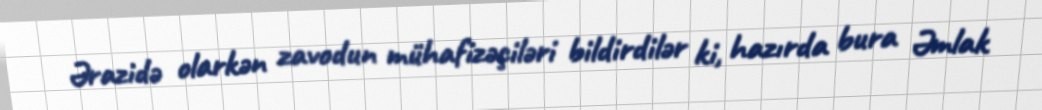
Ərazidə olarkən zavodun mühafizəçiləri bildirdilər ki, hazırda bura Əmlak